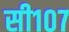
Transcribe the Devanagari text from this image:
सी१०७